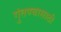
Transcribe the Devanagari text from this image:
गुंतण्यासाठी